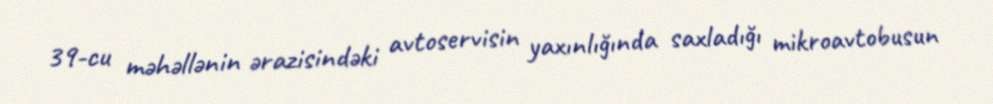
39-cu məhəllənin ərazisindəki avtoservisin yaxınlığında saxladığı mikroavtobusun